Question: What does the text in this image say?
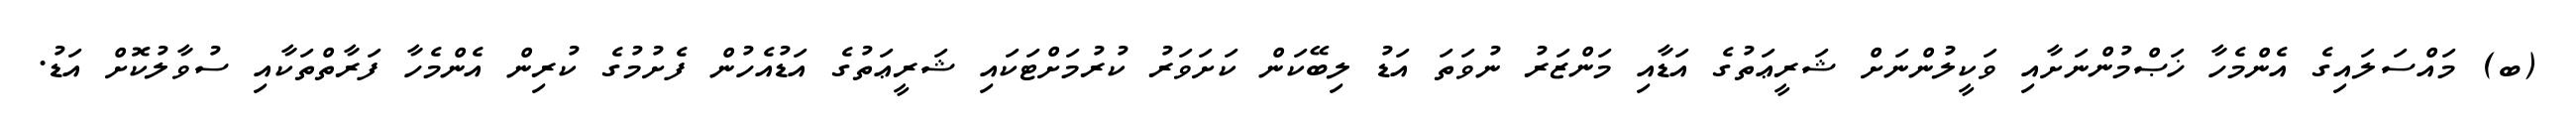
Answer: (ބ) މައްސަލައިގެ އެންމެހާ ޚަޞްމުންނަށާއި ވަކީލުންނަށް ޝަރީޢަތުގެ އަޑާއި މަންޒަރު ނުވަތަ އަޑު ލިބޭކަން ކަށަވަރު ކުރުމަށްޓަކައި ޝަރީޢަތުގެ އަޑުއެހުން ފެށުމުގެ ކުރިން އެންމެހާ ފަރާތްތަކާއި ސުވާލުކޮށް އަޑު.